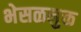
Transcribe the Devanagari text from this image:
भेसळमुक्त